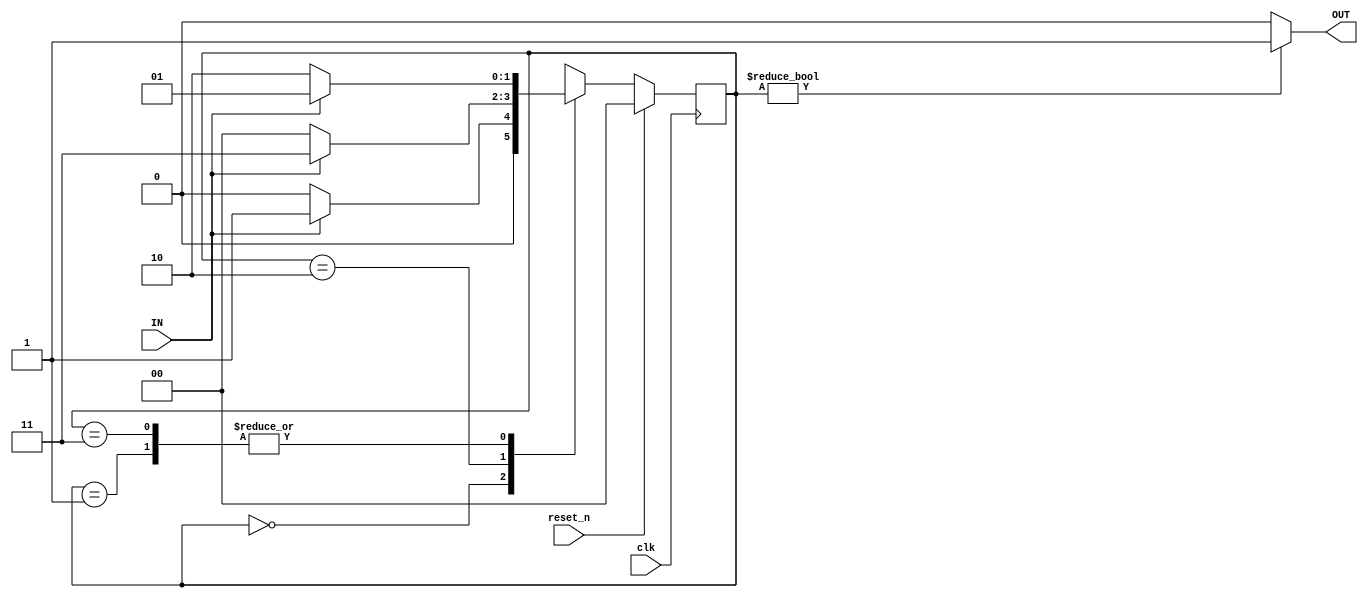
module sequence_detector #(
	parameter 
	null = 2'b00,
	s0 = 2'b01,
	s1 = 2'b10,
	s2 = 2'b11)
     (
	input wire IN,
	input wire clk,
	input wire reset_n,
	output reg OUT);
	
	reg [1:0] current_state;
	reg [1:0] next_state;

  always@(IN or current_state)
	begin
	case (current_state)
	
	null: begin
	if (IN == 1) begin
	next_state = s0;
	end
	else next_state = null;
	end
	
	s0: begin
	if (IN == 1) begin
	next_state = s0;
	end
	else next_state = s1;
	end

	s1: begin
	if (IN == 1) begin
	next_state = s2;
	end
	else next_state = null;
	end

	s2: begin
	if (IN == 1) begin
	next_state = s0;
	end
	else next_state = s1;
	end

	default: next_state = null;

	endcase
  end

  always@(posedge clk) begin
	if (reset_n == 1'b0)
	current_state <= next_state;
	else current_state <= null;
  end

	assign OUT = current_state? 1:0;
	
	endmodule